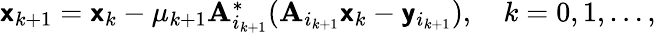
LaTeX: \begin{array}{r}{{\boldsymbol{\mathsf{x}}}_{k+1}={\boldsymbol{\mathsf{x}}}_{k}-\mu_{k+1}{\mathbf{A}}_{i_{k+1}}^{\ast}({\mathbf{A}}_{i_{k+1}}{\boldsymbol{\mathsf{x}}}_{k}-{\boldsymbol{\mathsf{y}}}_{i_{k+1}}),\quad k=0,1,\ldots,}\end{array}